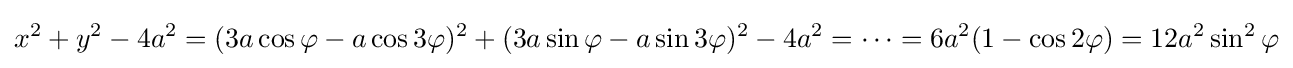
x^{2}+y^{2}-4a^{2}=(3a\cos \varphi -a\cos 3\varphi )^{2}+(3a\sin \varphi -a\sin 3\varphi )^{2}-4a^{2}=\cdots =6a^{2}(1-\cos 2\varphi )=12a^{2}\sin ^{2}\varphi